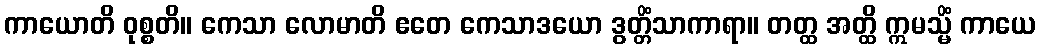
ကာယောတိ ဝုစ္စတိ။ ကေသာ လောမာတိ ဧတေ ကေသာဒယော ဒွတ္တိံသာကာရာ။ တတ္ထ အတ္ထိ ဣမသ္မိံ ကာယေ